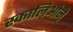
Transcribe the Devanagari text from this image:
स्कालिओने